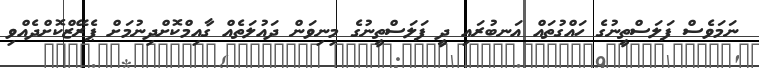
ނަމަވެސް ފަލަސްތީނުގެ ހައްގުތައް އަނބުރައި ދީ ފަލަސްތީނުގެ މިނިވަން ދައުލަތެއް ގާއިމްކޮށްދިނުމަށް ޕެރޭޒްކޮށްދެއްވި